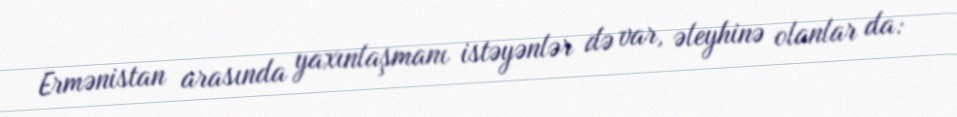
Ermənistan arasında yaxınlaşmanı istəyənlər də var, əleyhinə olanlar da: